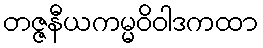
တဇ္ဇနီယကမ္မဝိဝါဒကထာ